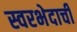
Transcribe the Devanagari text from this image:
स्वरभेदाची